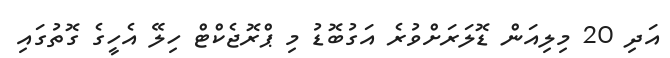
އަދި 20 މިލިއަން ޑޮޮލަރަށްވުރެ އަގުބޮޑު މި ޕްރޮޖެކްޓް ހިލޭ އެހީގެ ގޮތުގައި